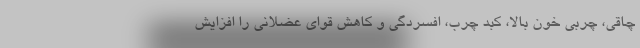
چاقی، چربی خون بالا، کبد چرب، افسردگی و کاهش قوای عضلانی را افزایش